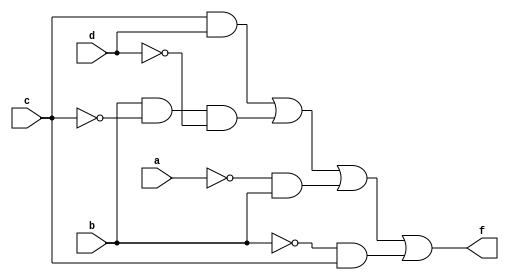
module Q1 (a,b,c,d,f);
    input a,b,c,d;
    output f;
    assign f = ((c & d)|(b & ~c & ~d)|(~a & b)|(~b & c));
endmodule